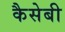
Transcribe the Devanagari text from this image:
कैसेबी